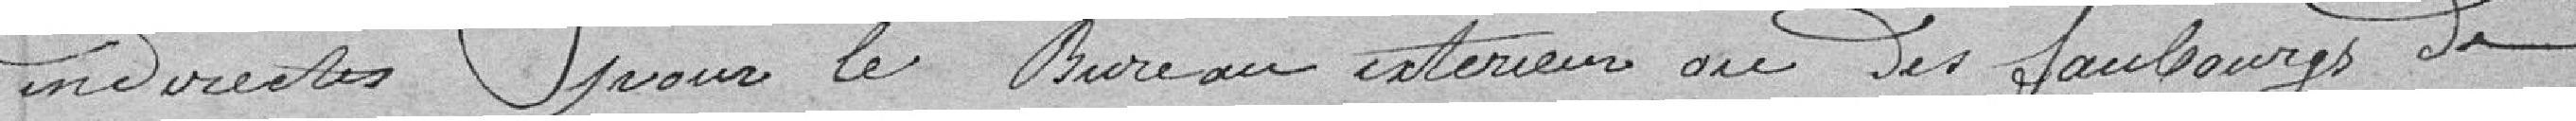
directes pour le bureau extérieur au des faubourgs de